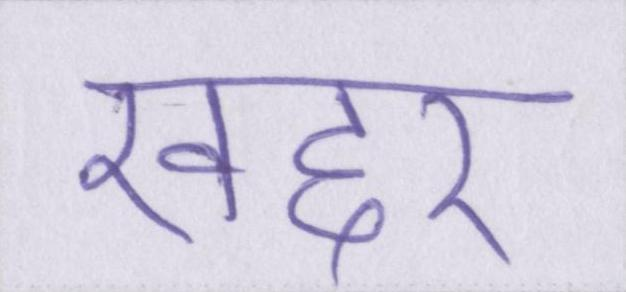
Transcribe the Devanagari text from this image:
खद्दर